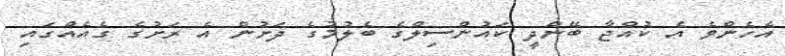
އެހެންވެ އެ ކުއްޖާ ބޭންދީ ކައުންސިލްގެ ބެލުމުގެ ދަށުން އެ ރަށުގެ ގެއެއްގައި